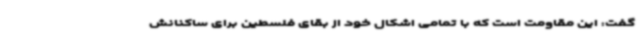
گفت: این مقاومت است که با تمامی اشکال خود از بقای فلسطین برای ساکنانش